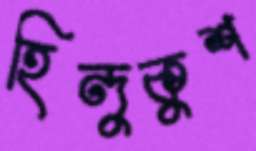
হিন্দুকুশ